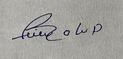
Signature authenticity: forged